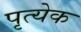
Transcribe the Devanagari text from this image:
पृत्येक